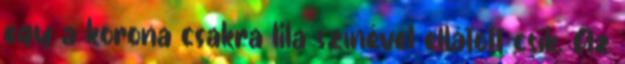
egy a korona csakra lila színével ellátott csík. Az